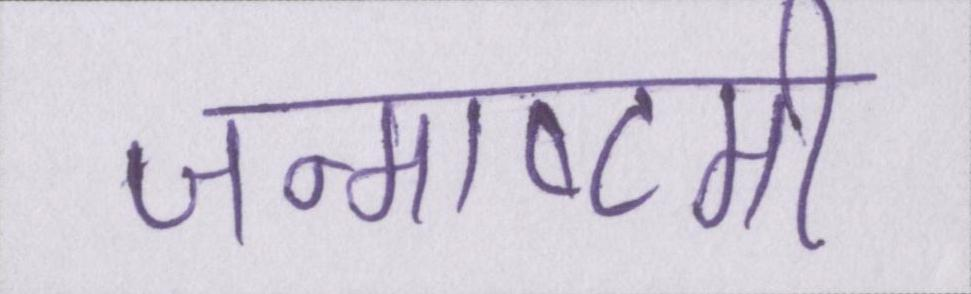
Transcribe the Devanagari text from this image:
जन्माष्टमी